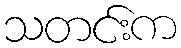
သတင်းက